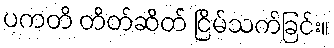
ပကတိ တိတ်ဆိတ် ငြိမ်သက်ခြင်း။